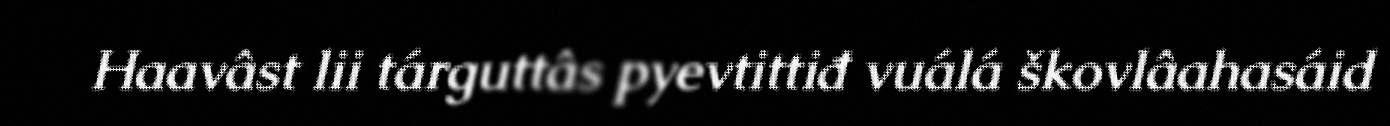
Haavâst lii tárguttâs pyevtittiđ vuálá škovlâahasáid